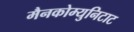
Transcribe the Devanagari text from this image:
मैनकोम्युनिटाट